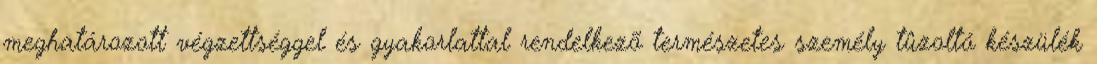
meghatározott végzettséggel és gyakorlattal rendelkezõ természetes személy tûzoltó készülék